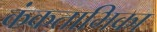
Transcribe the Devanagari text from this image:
कंकताभिका